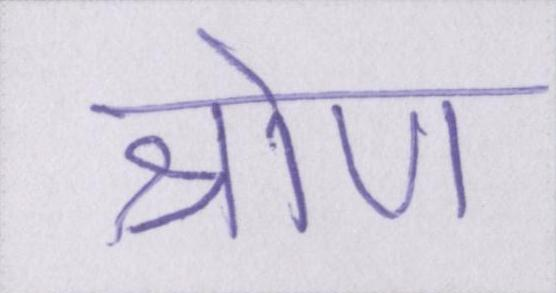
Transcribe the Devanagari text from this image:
श्रोण